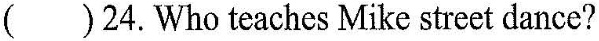
()24.Who teaches Mike street dance?